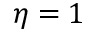
\eta = 1